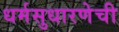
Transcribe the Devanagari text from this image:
धर्मसुधारणेची